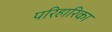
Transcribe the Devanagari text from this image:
परिहारिका